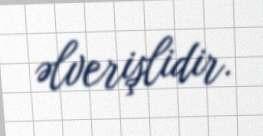
əlverişlidir.